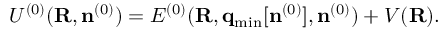
\begin{array} { r } { { \cal U } ^ { ( 0 ) } ( { \bf R } , { \bf n } ^ { ( 0 ) } ) = { \cal E } ^ { ( 0 ) } ( { \bf R } , { \bf q } _ { \mathrm { m i n } } [ { \bf n } ^ { ( 0 ) } ] , { \bf n } ^ { ( 0 ) } ) + V ( { \bf R } ) . } \end{array}